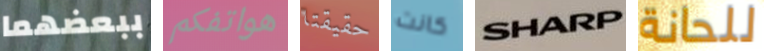
ببعضهما هواتفكم حقيقتا كانت SHARP للحانة